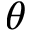
\theta